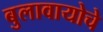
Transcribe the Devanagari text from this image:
बुलावायोचे